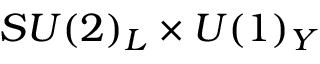
S U ( 2 ) _ { L } \times U ( 1 ) _ { Y }